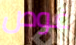
غوص